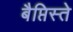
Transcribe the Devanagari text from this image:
बैप्तिस्ते